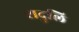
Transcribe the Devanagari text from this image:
शदुलि